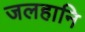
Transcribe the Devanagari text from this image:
जलहानि